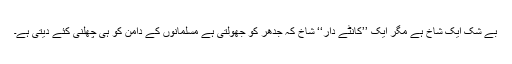
بے شک ایک شاخ ہے مگر ایک ’’کانٹے دار‘‘ شاخ کہ جدھر کو جھولتی ہے مسلمانوں کے دامن کو ہی چھلنی کئے دیتی ہے۔